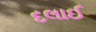
દલાઈ